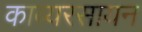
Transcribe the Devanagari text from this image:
काव्यरसायन